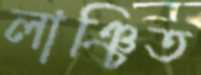
লাঞ্চিত